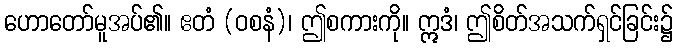
ဟောတော်မူအပ်၏။ ဧတံ (ဝစနံ)၊ ဤစကားကို။ ဣဒံ၊ ဤစိတ်အသက်ရှင်ခြင်း၌